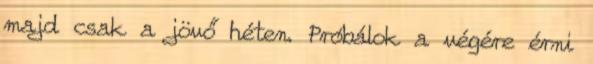
majd csak a jövő héten. Próbálok a végére érni